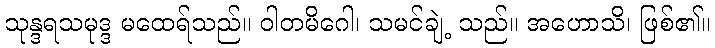
သုန္ဒရသမုဒ္ဒ မထေရ်သည်။ ဝါတမိဂေါ၊ သမင်ချဲ့ သည်။ အဟောသိ၊ ဖြစ်၏။